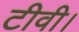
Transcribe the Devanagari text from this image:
टीवी।